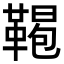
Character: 𩋲